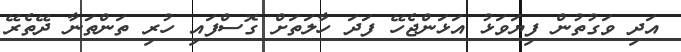
އަދި ވަގުތުން ފިޔަވަޅު އަޅަންޖެހޭ ފަދަ ހާލަތަށް ގޮސްފައި ހުރި ތަންތަނާ ދޭތެރޭ